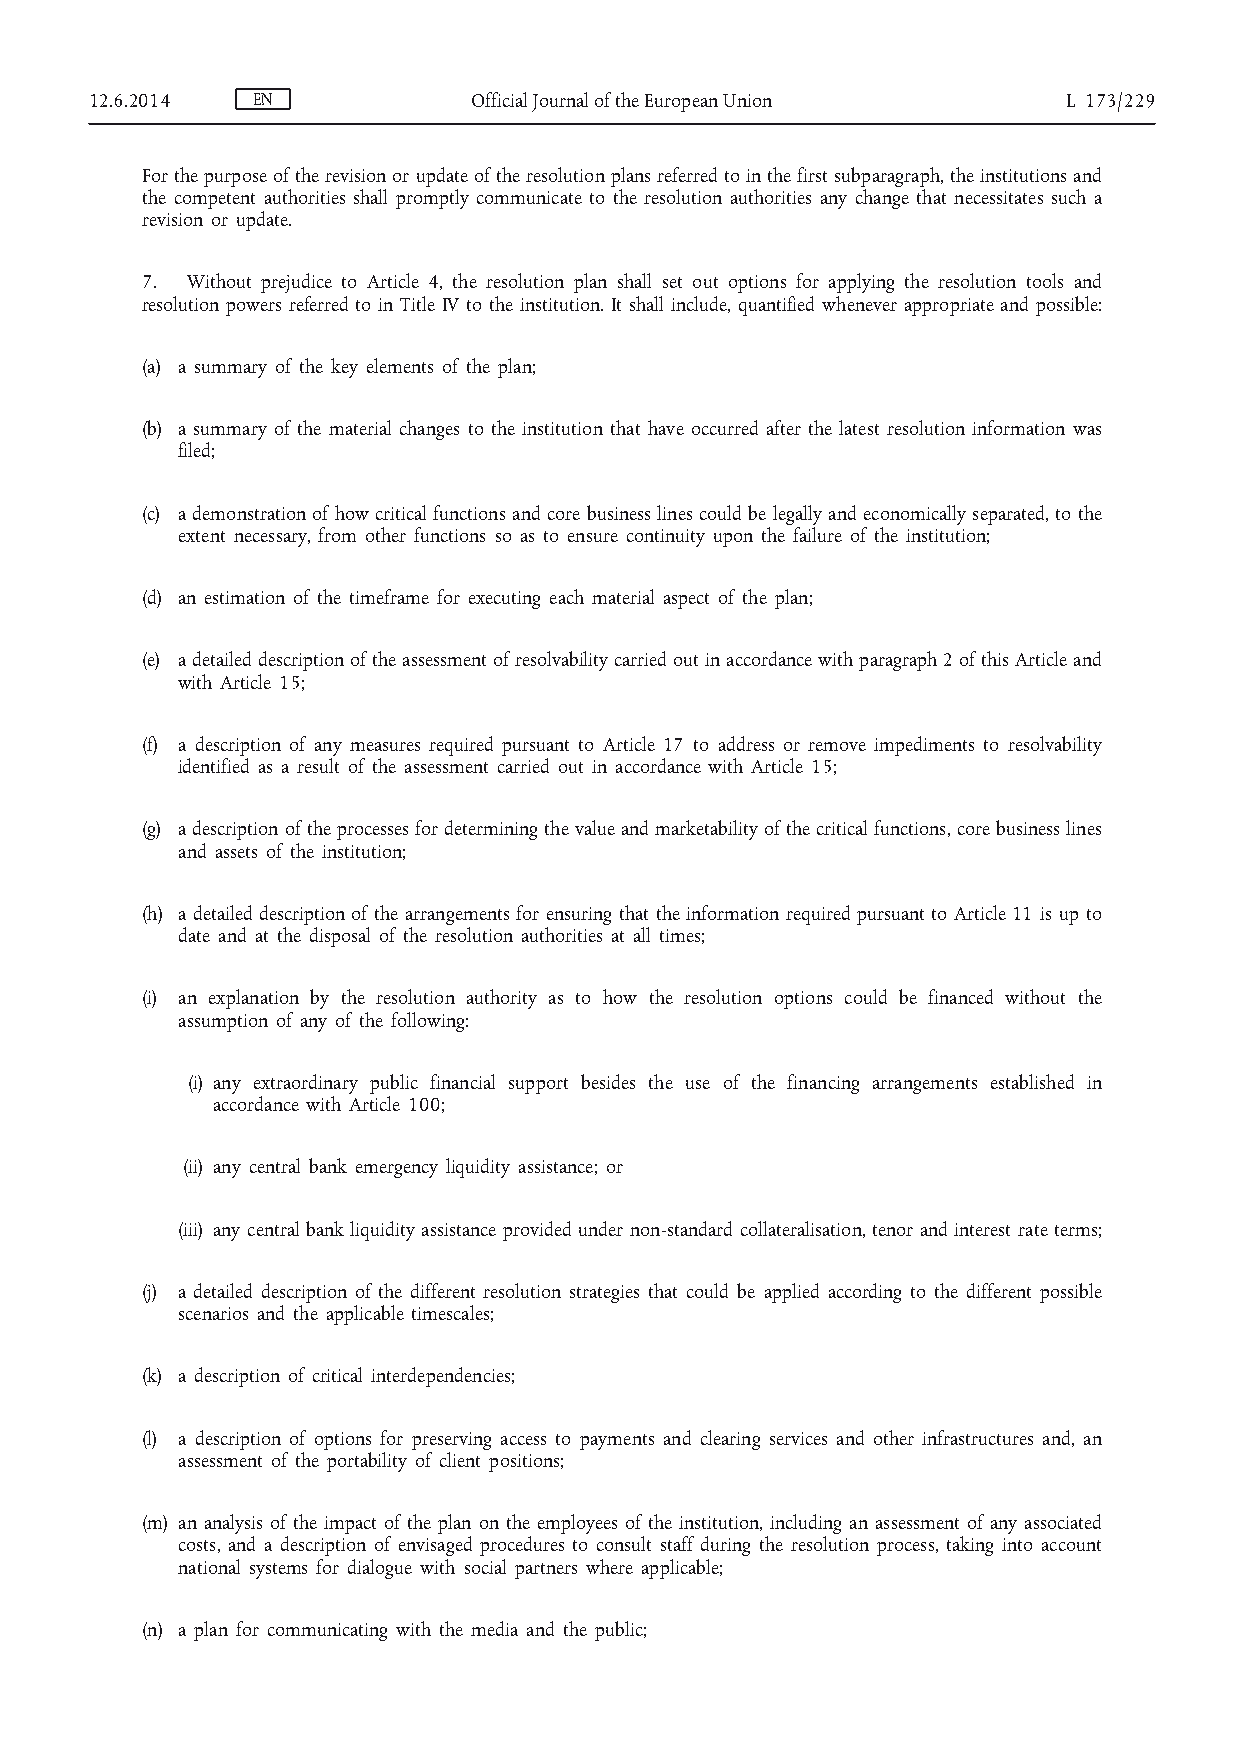
12.6.2014  EN            Official Journal of the European Union  L 173/229
 For the purpose of the revision or update of the resolution plans referred to in the first subparagraph, the institutions and
 the competent authorities shall promptly communicate to the resolution authorities any change that necessitates such a
 revision or update.
 7. Without prejudice to Article 4, the resolution plan shall set out options for applying the resolution tools and
 resolution powers referred to in Title IV to the institution. It shall include, quantified whenever appropriate and possible:
 (a) a summary of the key elements of the plan;
 (b) a summary of the material changes to the institution that have occurred after the latest resolution information was
 filed;
 (c) a demonstration of how critical functions and core business lines could be legally and economically separated, to the
 extent necessary, from other functions so as to ensure continuity upon the failure of the institution;
 (d) an estimation of the timeframe for executing each material aspect of the plan;
 (e) a detailed description of the assessment of resolvability carried out in accordance with paragraph 2 of this Article and
 with Article 15;
 (f) a description of any measures required pursuant to Article 17 to address or remove impediments to resolvability
 identified as a result of the assessment carried out in accordance with Article 15;
 (g) a description of the processes for determining the value and marketability of the critical functions, core business lines
 and assets of the institution;
 (h) a detailed description of the arrangements for ensuring that the information required pursuant to Article 11 is up to
 date and at the disposal of the resolution authorities at all times;
 (i) an explanation by the resolution authority as to how the resolution options could be financed without the
 assumption of any of the following:
 (i) any extraordinary public financial support besides the use of the financing arrangements established in
 accordance with Article 100;
 (ii) any central bank emergency liquidity assistance; or
 (iii) any central bank liquidity assistance provided under non-standard collateralisation, tenor and interest rate terms;
 (j) a detailed description of the different resolution strategies that could be applied according to the different possible
 scenarios and the applicable timescales;
 (k) a description of critical interdependencies;
 (l) a description of options for preserving access to payments and clearing services and other infrastructures and, an
 assessment of the portability of client positions;
 (m) an analysis of the impact of the plan on the employees of the institution, including an assessment of any associated
 costs, and a description of envisaged procedures to consult staff during the resolution process, taking into account
 national systems for dialogue with social partners where applicable;
 (n) a plan for communicating with the media and the public;